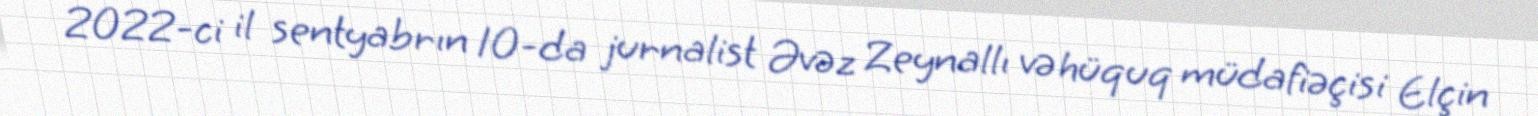
2022-ci il sentyabrın 10-da jurnalist Əvəz Zeynallı və hüquq müdafiəçisi Elçin